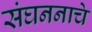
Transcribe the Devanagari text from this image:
संघननाचे